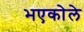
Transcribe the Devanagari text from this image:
भएकोले